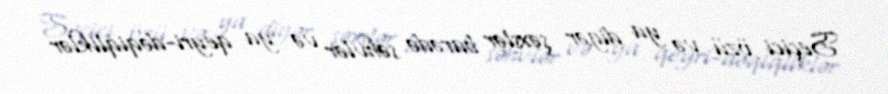
Seçici özü və ya digər şəxslər barədə səhvlər və ya qeyri-dəqiqliklər